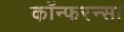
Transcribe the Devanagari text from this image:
कॉन्फरन्सा